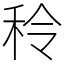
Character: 秢